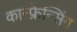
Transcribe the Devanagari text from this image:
कान्फ्रेन्सिंग